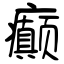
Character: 癫